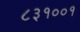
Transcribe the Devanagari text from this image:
८३१००१